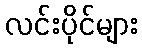
လင်းပိုင်များ